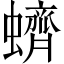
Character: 蠐